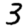
Digit: 3